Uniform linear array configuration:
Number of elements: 24
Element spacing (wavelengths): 0.5
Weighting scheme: uniform
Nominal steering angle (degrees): -45
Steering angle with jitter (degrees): -44.992
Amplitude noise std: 0.05
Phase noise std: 0.05

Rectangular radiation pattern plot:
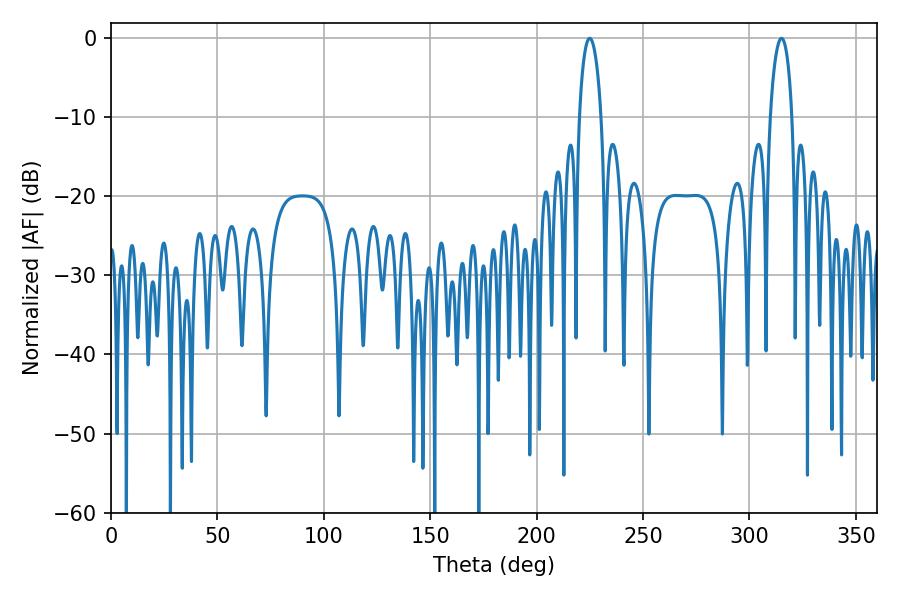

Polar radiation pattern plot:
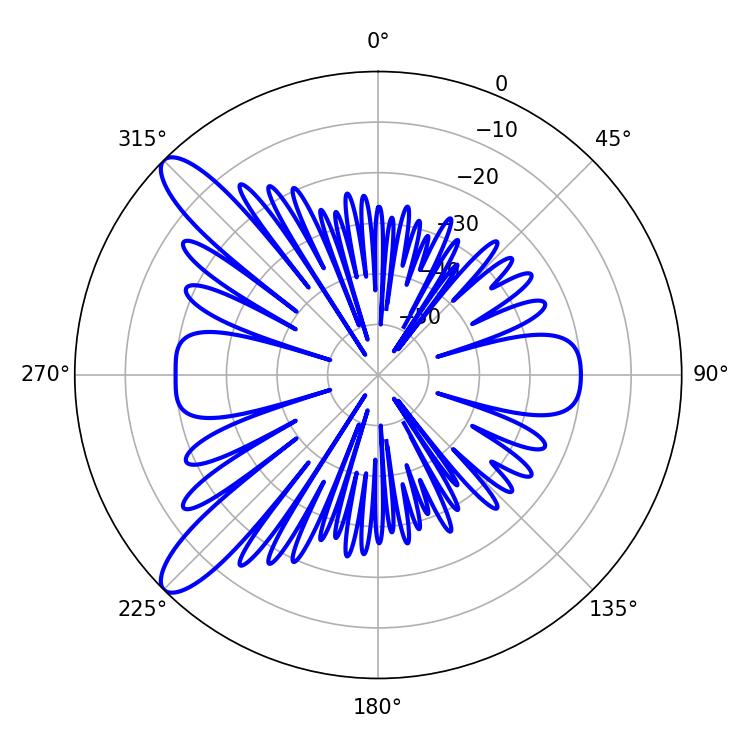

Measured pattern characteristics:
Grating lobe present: FALSE
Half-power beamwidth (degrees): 5.76
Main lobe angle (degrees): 225